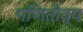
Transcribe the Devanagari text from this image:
गणितीव्य